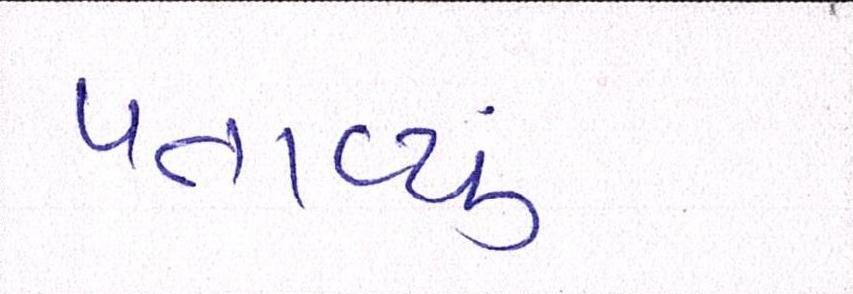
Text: પતાવ્યું